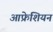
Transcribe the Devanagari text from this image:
आफ्रेशियन